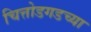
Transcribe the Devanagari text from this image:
चित्तोडगडच्या